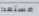
مستعدا